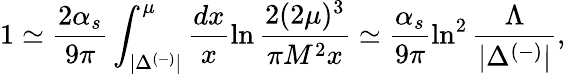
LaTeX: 1\simeq\frac{2\alpha_{s}}{9\pi}\int_{|\Delta^{(-)}|}^{\mu}\frac{dx}{x}\ln\frac{2(2\mu)^{3}}{\pi M^{2}x}\simeq\frac{\alpha_{s}}{9\pi}\ln^{2}\frac{\Lambda}{|\Delta^{(-)}|},